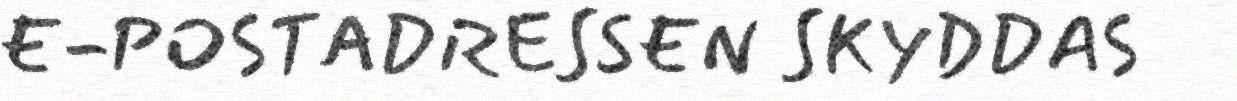
E-POSTADRESSEN SKYDDAS